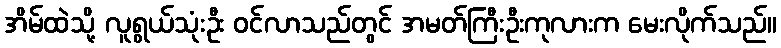
အိမ်ထဲသို့ လူရွယ်သုံးဦး ဝင်လာသည်တွင် အမတ်ကြီးဦးကုလားက မေးလိုက်သည်။